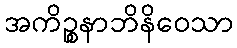
အကိဉ္စနာဘိနိဝေသာ